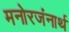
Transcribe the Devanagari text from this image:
मनोरजंनार्थ